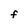
Character: F